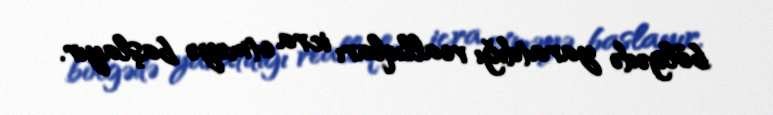
bölgədə yaratdığı reallıqları icra etməyə başlayır.